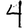
Digit: 4